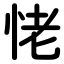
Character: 恅